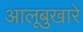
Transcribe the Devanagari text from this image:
आलूबुखारे